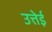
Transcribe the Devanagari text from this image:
उत्तेई